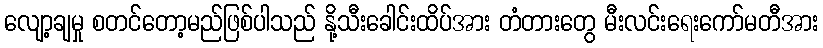
လျော့ချမှု စတင်တော့မည်ဖြစ်ပါသည် နို့သီးခေါင်းထိပ်အား တံတားတွေ မီးလင်းရေးကော်မတီအား